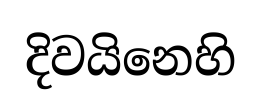
දිවයිනෙහි